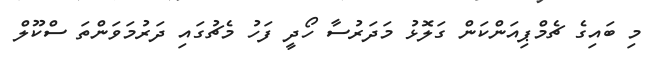
މި ބައިގެ ޗެމްޕިއަންކަން ގަލޮޅު މަދަރުސާ ހޯދީ ފަހު މެޗުގައި ދަރުމަވަންތަ ސްކޫލް